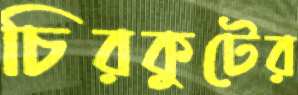
চিরকুটের